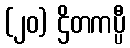
(၂၀) ဌိတကပ္ပီ